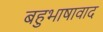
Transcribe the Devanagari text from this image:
बहुभाषावाद